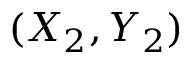
( X _ { 2 } , Y _ { 2 } )